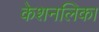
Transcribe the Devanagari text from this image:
केशनलिका